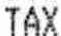
TAX